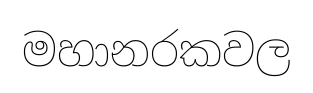
මහානරකවල